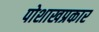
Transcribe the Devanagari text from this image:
पोशाखप्रकार